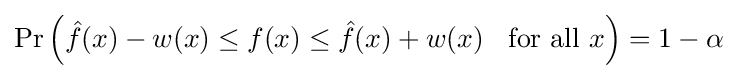
\Pr {\Big (}{\hat {f}}(x)-w(x)\leq f(x)\leq {\hat {f}}(x)+w(x)\;\;{\text{ for all }}x{\Big )}=1-\alpha